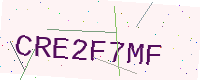
Text: CRE2F7MF